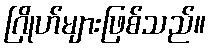
ဂြိုဟ်များဖြစ်သည်။